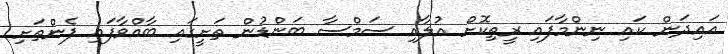
އައިދަން ކައި ނިންމާފައި ރީތިކޮށް އުލާއި ސަމްސާ ބަންޑުން ތަށީގައި ބާއްވާފައި ފެންތަށި